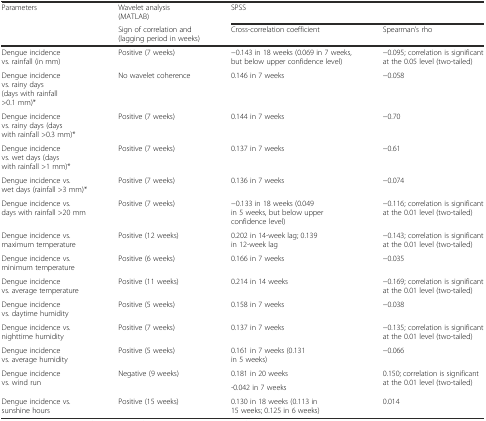
<table><thead><tr><td rowspan="2"><b>Parameters</b></td><td><b>Wavelet analysis (MATLAB)</b></td><td colspan="2"><b>SPSS</b></td></tr><tr><td><b>Sign of correlation and (lagging period in weeks)</b></td><td><b>Cross-correlation coefficient</b></td><td><b>Spearman’s rho</b></td></tr></thead><tbody><tr><td>Dengue incidence vs. rainfall (in mm)</td><td>Positive (7 weeks)</td><td>−0.143 in 18 weeks (0.069 in 7 weeks, but below upper confidence level)</td><td>−0.095; correlation is significant at the 0.05 level (two-tailed)</td></tr><tr><td>Dengue incidence vs. rainy days (days with rainfall &gt;0.1 mm)*</td><td>No wavelet coherence</td><td>0.146 in 7 weeks</td><td>−0.058</td></tr><tr><td>Dengue incidence vs. rainy days (days with rainfall &gt;0.3 mm)*</td><td>Positive (7 weeks)</td><td>0.144 in 7 weeks</td><td>−0.70</td></tr><tr><td>Dengue incidence vs. wet days (days with rainfall &gt;1 mm)*</td><td>Positive (7 weeks)</td><td>0.137 in 7 weeks</td><td>−0.61</td></tr><tr><td>Dengue incidence vs. wet days (rainfall &gt;3 mm)*</td><td>Positive (7 weeks)</td><td>0.136 in 7 weeks</td><td>−0.074</td></tr><tr><td>Dengue incidence vs. days with rainfall &gt;20 mm</td><td>Positive (7 weeks)</td><td>−0.133 in 18 weeks (0.049 in 5 weeks, but below upper confidence level)</td><td>−0.116; correlation is significant at the 0.01 level (two-tailed)</td></tr><tr><td>Dengue incidence vs. maximum temperature</td><td>Positive (12 weeks)</td><td>0.202 in 14-week lag; 0.139 in 12-week lag</td><td>−0.143; correlation is significant at the 0.01 level (two-tailed)</td></tr><tr><td>Dengue incidence vs. minimum temperature</td><td>Positive (6 weeks)</td><td>0.166 in 7 weeks</td><td>−0.035</td></tr><tr><td>Dengue incidence vs. average temperature</td><td>Positive (11 weeks)</td><td>0.214 in 14 weeks</td><td>−0.169; correlation is significant at the 0.01 level (two-tailed)</td></tr><tr><td>Dengue incidence vs. daytime humidity</td><td>Positive (5 weeks)</td><td>0.158 in 7 weeks</td><td>−0.038</td></tr><tr><td>Dengue incidence vs. nighttime humidity</td><td>Positive (7 weeks)</td><td>0.137 in 7 weeks</td><td>−0.135; correlation is significant at the 0.01 level (two-tailed)</td></tr><tr><td>Dengue incidence vs. average humidity</td><td>Positive (5 weeks)</td><td>0.161 in 7 weeks (0.131 in 5 weeks)</td><td>−0.066</td></tr><tr><td rowspan="2">Dengue incidence vs. wind run</td><td rowspan="2">Negative (9 weeks)</td><td>0.181 in 20 weeks</td><td rowspan="2">0.150; correlation is significant at the 0.01 level (two-tailed)</td></tr><tr><td>-0.042 in 7 weeks</td></tr><tr><td>Dengue incidence vs. sunshine hours</td><td>Positive (15 weeks)</td><td>0.130 in 18 weeks (0.113 in 15 weeks; 0.125 in 6 weeks)</td><td>0.014</td></tr></tbody></table>